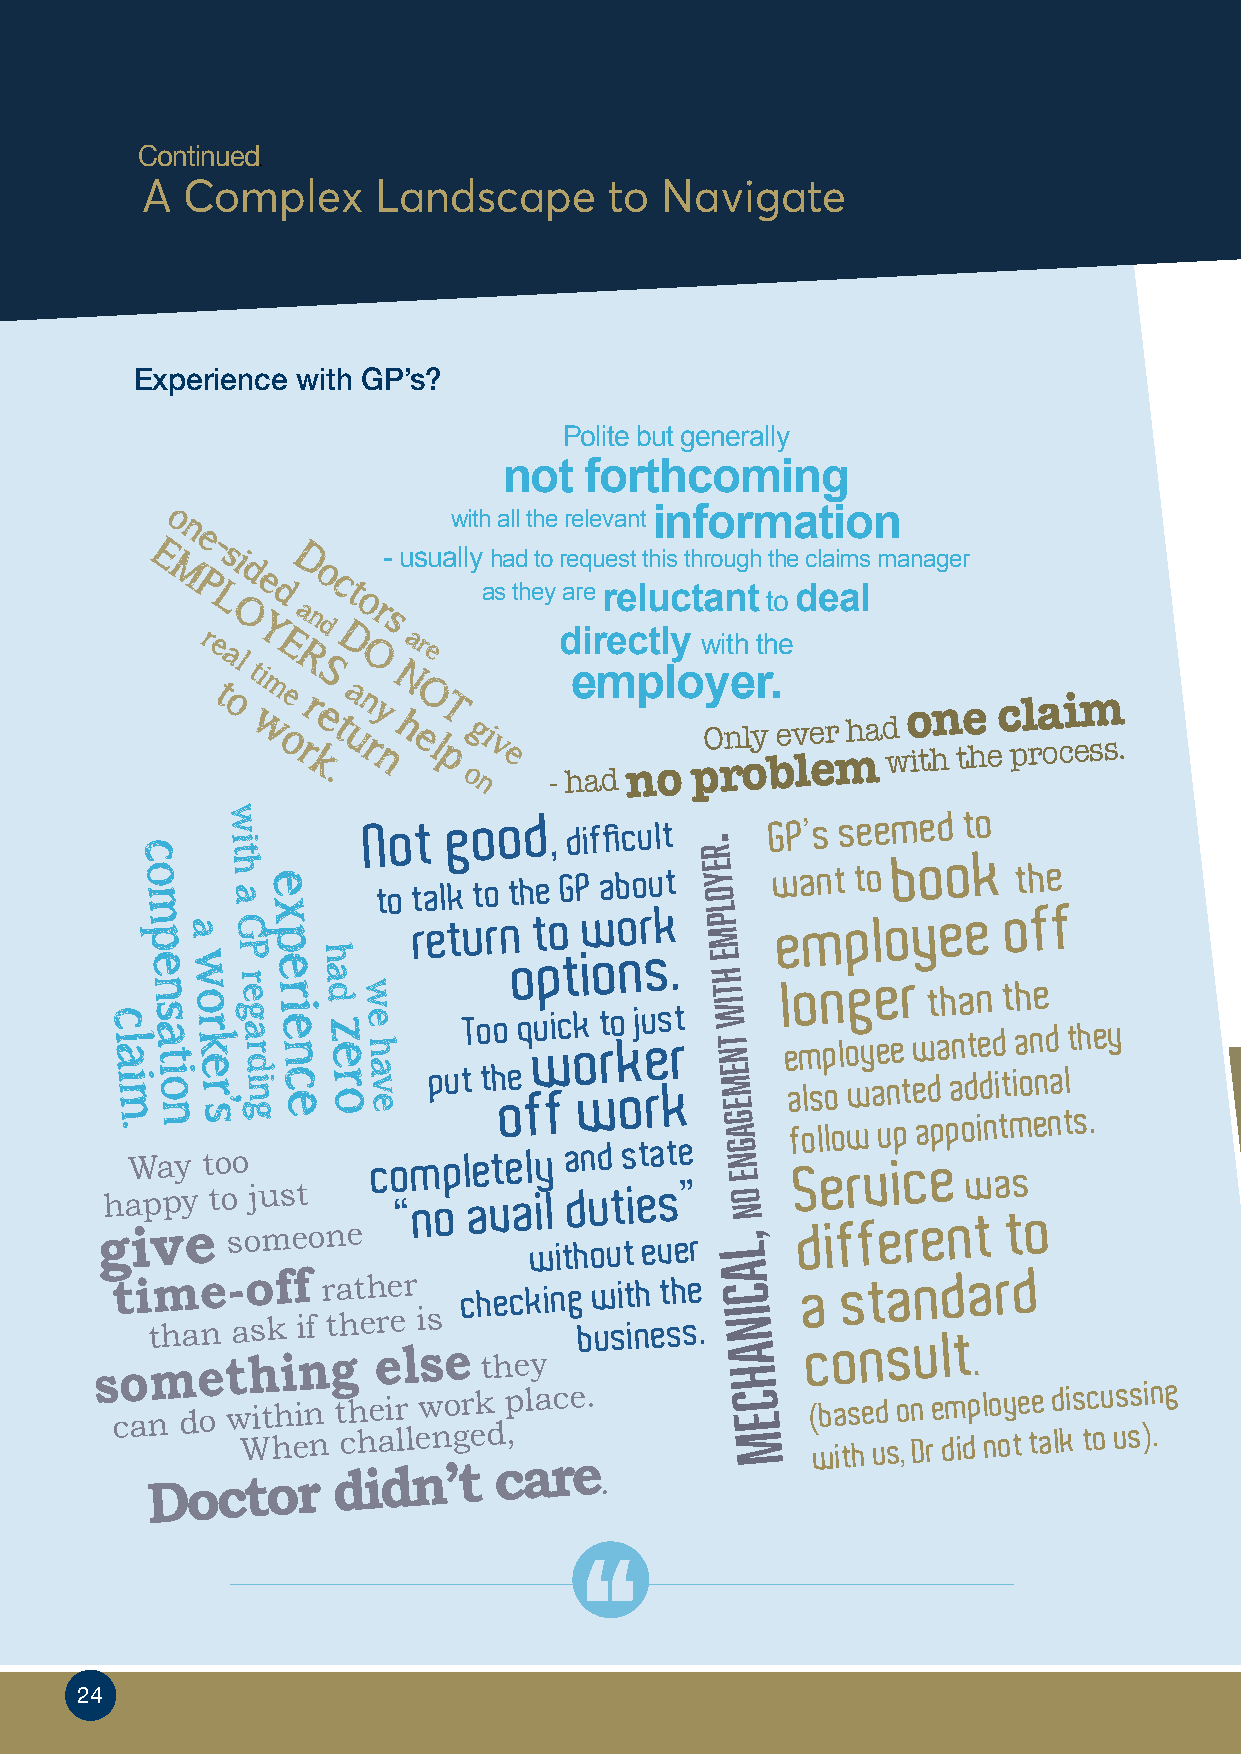
Continued
 Fo
 A  Complex      Landscape      to  Navigate
 Experience with GP’s?
 Polite but generally
 not   forthcoming
 o n                with all the relevant information
 e
 -
 E    si   D     - usually had to request this through the claims manager
 M   d    o
 P L Oe d a nc t o r s as they are reluctant to deal
 Y    d
 r e  E   D   ar         directly with the
 al
 ti
 R
 S
 O Ne
 employer.
 t o wm oe rr ke .t ua n r ny h eO l pT og ni v e
 - had no
 pO rnl oy b ev le er m ha d w o ithn te he c pl ra oci em ss.
 w
 Not
 good
 , difficult   GP’s
 seemed  to
 c
 o
 m
 i t
 h
 ae        to talk to the GP
 about. r
 e
 y o
 want  to
 book
 the
 a  Gx          return  to  work   l p   employee       off
 p
 e nw
 o
 P
 r
 ep
 e
 r
 h
 a dw
 options.
 m
 e
 h t  longer    than the
 c l a i m .s a t i o n r k e r ’ s g a r d i n g i e n c e z e r o e h a v e putT o tho oe q fwu fic k o w t ro k o ju res krt i w t n e m e g
 a
 e a fm ols lp lo ol o wwy ae une pt w e ad pa pan odt ie d nd i tt mia on end na tlt sh .e y
 Way too         completely  and state  g n
 e
 Service
 was
 gha ip vpy
 e
 t o
 s
 oju ms et
 o ne
 “no  ava wil
 i
 td hu out ti e evs e”
 r ,
 l
 o
 n    different     to
 time-off     rather    checking with the a c a  standard
 sot mha en ta hsk
 i
 i nf t gh e ere
 l
 i ss
 e  they
 business. i n
 a
 consult
 .
 h
 can do w Wit hh ein n t ch he air ll ew no gr ek d p , l ace. c e M ( wba its he ud s o , n D re dm idp l no oy te te a d lkis tc ou us ss )in . g
 Doctor
 didn’t
 care
 .
 2244